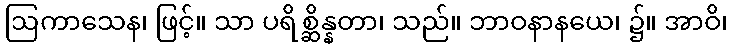
ဩကာသေန၊ ဖြင့်။ သာ ပရိစ္ဆိန္နတာ၊ သည်။ ဘာဝနာနယေ၊ ၌။ အာဝိ၊